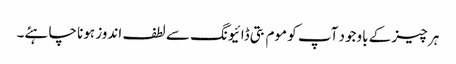
ہر چیز کے باوجود آپ کو موم بتی ڈائیونگ سے لطف اندوز ہونا چاہئے۔